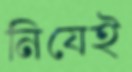
নিযেই